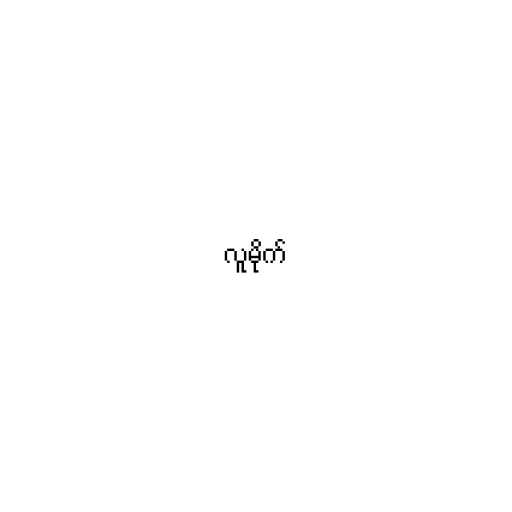
လူမိုက်